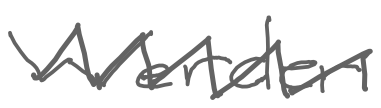
Text: Werder
Cross-out: zig-zag
Writing tool: digital_gray